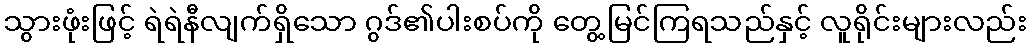
သွားဖုံးဖြင့် ရဲရဲနီလျက်ရှိသော ဂွဒ်၏ပါးစပ်ကို တွေ့မြင်ကြရသည်နှင့် လူရိုင်းများလည်း